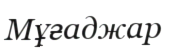
Мұғаджар